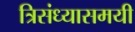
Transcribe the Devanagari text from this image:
त्रिसंध्यासमयी